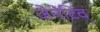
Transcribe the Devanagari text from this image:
जेनेटिव्